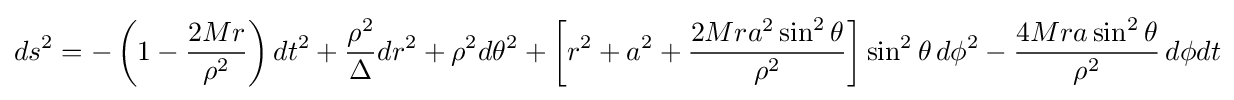
ds^{2}=-\left(1-{\frac {2Mr}{\rho ^{2}}}\right)dt^{2}+{\frac {\rho ^{2}}{\Delta }}dr^{2}+\rho ^{2}d\theta ^{2}+\left[r^{2}+a^{2}+{\frac {2Mra^{2}\sin ^{2}\theta }{\rho ^{2}}}\right]\sin ^{2}\theta \,d\phi ^{2}-{\frac {4Mra\sin ^{2}\theta }{\rho ^{2}}}\,d\phi dt